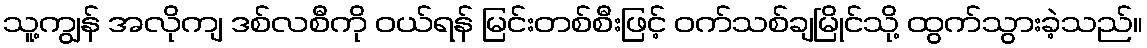
သူ့ကျွန် အလိုကျ ဒစ်လစီကို ဝယ်ရန် မြင်းတစ်စီးဖြင့် ဝက်သစ်ချမြိုင်သို့ ထွက်သွားခဲ့သည်။